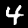
Label: 4